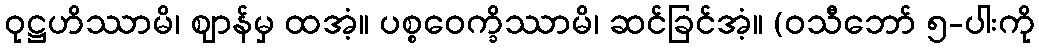
ဝုဋ္ဌဟိဿာမိ၊ ဈာန်မှ ထအံ့။ ပစ္စဝေက္ခိဿာမိ၊ ဆင်ခြင်အံ့။ (ဝသီဘော် ၅-ပါးကို